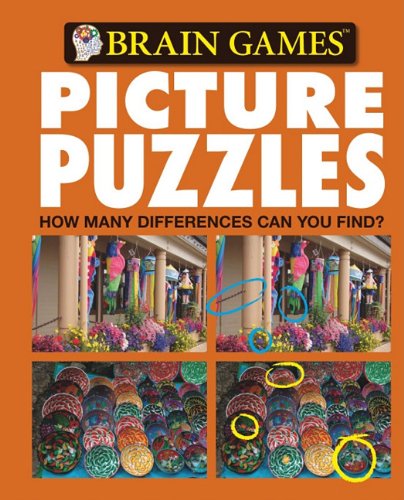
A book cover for Brain Games Picture Puzzles: How Many Differences Can You Find? No. 5; Editors of Publications International; Humor & Entertainment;